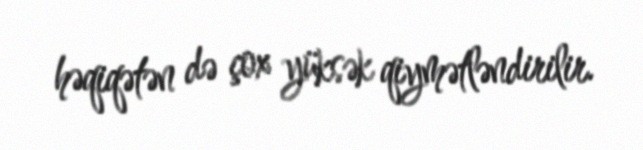
həqiqətən də çox yüksək qiymətləndirilir.